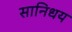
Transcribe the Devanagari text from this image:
सानिधय